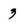
Character: 3